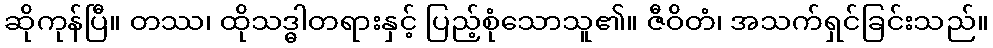
ဆိုကုန်ပြီ။ တဿ၊ ထိုသဒ္ဓါတရားနှင့် ပြည့်စုံသောသူ၏။ ဇီဝိတံ၊ အသက်ရှင်ခြင်းသည်။